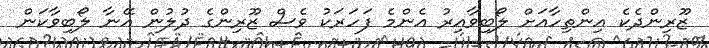
ޒޫރިންދެކެ އިންތިހާއަށް ލޯބިވާއިރު އެންމެ ފަހަރަކު ވެސް ޒޫރިންގެ ދުލުން އޭނާ ލޯބިވާކަން